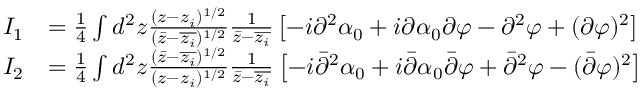
\begin{array} { r l } { I _ { 1 } } & { = \frac { 1 } { 4 } \int d ^ { 2 } z \frac { ( z - z _ { i } ) ^ { 1 / 2 } } { ( \bar { z } - \overline { { z _ { i } } } ) ^ { 1 / 2 } } \frac { 1 } { \bar { z } - \overline { { z _ { i } } } } \left[ - i \partial ^ { 2 } \alpha _ { 0 } + i \partial \alpha _ { 0 } \partial \varphi - \partial ^ { 2 } \varphi + ( \partial \varphi ) ^ { 2 } \right] } \\ { I _ { 2 } } & { = \frac { 1 } { 4 } \int d ^ { 2 } z \frac { ( \bar { z } - \overline { { z _ { i } } } ) ^ { 1 / 2 } } { ( z - z _ { i } ) ^ { 1 / 2 } } \frac { 1 } { \bar { z } - \overline { { z _ { i } } } } \left[ - i \bar { \partial } ^ { 2 } \alpha _ { 0 } + i \bar { \partial } \alpha _ { 0 } \bar { \partial } \varphi + \bar { \partial } ^ { 2 } \varphi - ( \bar { \partial } \varphi ) ^ { 2 } \right] } \end{array}